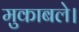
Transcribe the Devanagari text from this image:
मुकाबले।